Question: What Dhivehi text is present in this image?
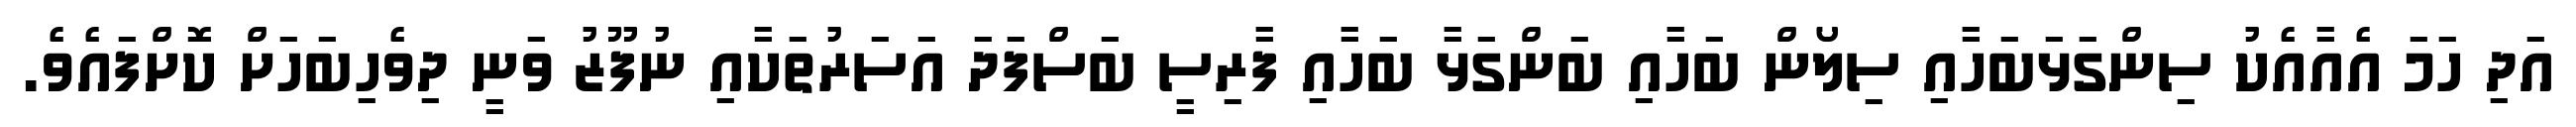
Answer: އަދި ހަމަ އެއާއެކު ސިންގަޅަބަހާއި ސިލޯން ބަހާއި ބަންގަޅާ ބަހާއި ފާރިސީ ބަސްފަދަ އަސަރުތަކާއި ނުފޫޒު ވަނީ ދިވެހިބަހަށް ކޮށްފައެވެ.